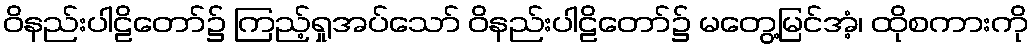
ဝိနည်းပါဠိတော်၌ ကြည့်ရှုအပ်သော် ဝိနည်းပါဠိတော်၌ မတွေ့မြင်အံ့၊ ထိုစကားကို